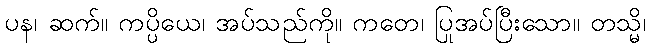
ပန၊ ဆက်။ ကပ္ပိယေ၊ အပ်သည်ကို။ ကတေ၊ ပြုအပ်ပြီးသော။ တသ္မိ၊